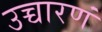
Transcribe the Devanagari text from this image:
उच्चारणं